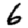
Digit: 6